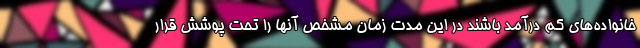
خانواده‌های کم درآمد باشند در این مدت زمان مشخص آنها را تحت پوشش قرار